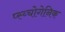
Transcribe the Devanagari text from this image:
प्स्य्चोगेनिक